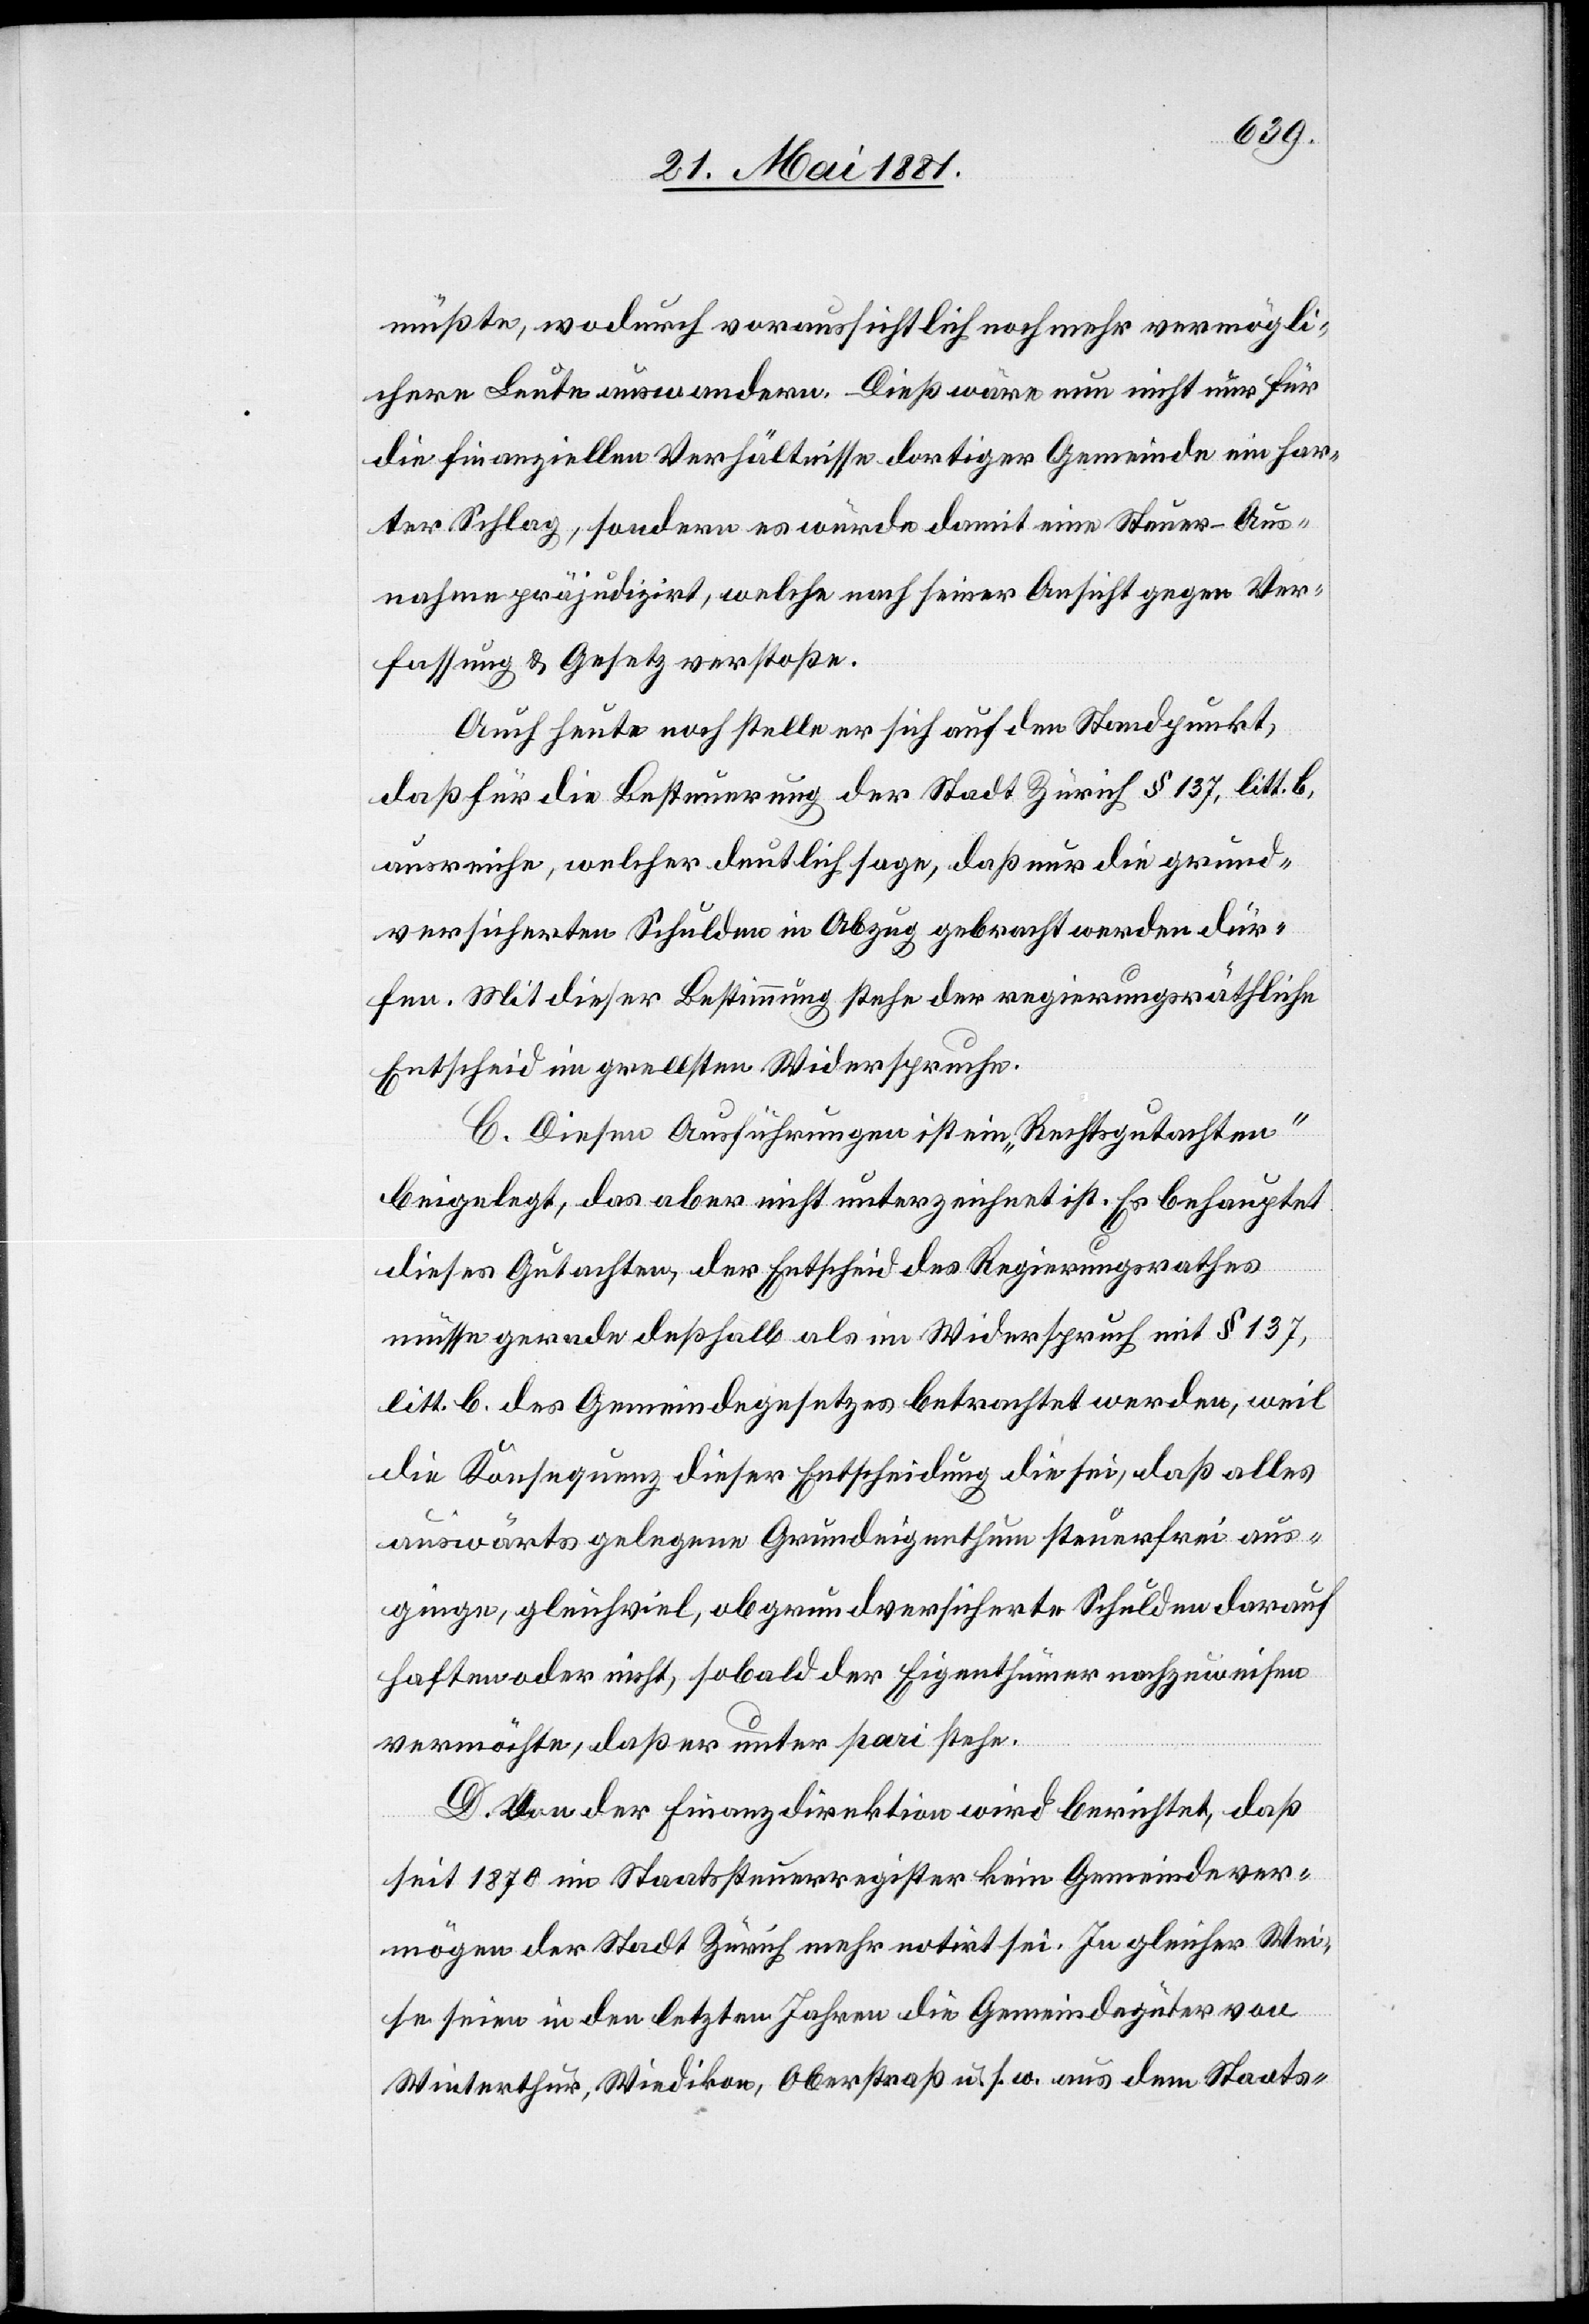
müßte, wodurch voraussichtlich noch mehr vermögli¬
chere Leute auswandern. Dieß wäre nun nicht nur für
die finanziellen Verhältnisse dortiger Gemeinde ein har¬
ter Schlag, sondern es würde damit eine Steuer-Aus¬
nahme präjudizirt, welche nach seiner Ansicht gegen Ver¬
fassung & Gesetz verstoße.
Auch heute noch stelle er sich auf den Standpunkt,
daß für die Besteuerung der Stadt Zürich § 137, litt. b,
ausreiche, welcher deutlich sage, daß nur die grund¬
versicherten Schulden in Abzug gebracht werden dür¬
fen. Mit dieser Bestimmung stehe der regierungsräthliche
Entscheid im grellsten Widerspruch.
C. Diesen Ausführungen ist ein „Rechtsgutachten“
beigelegt, das aber nicht unterzeichnet ist. Es behauptet
dieses Gutachten, der Entscheid des Regierungsrathes
müsse gerade deßhalb als im Widerspruch mit § 137,
litt. b. des Gemeindegesetzes betrachtet werden, weil
die Konsequenz dieser Entscheidung die sei, daß alles
auswärts gelegene Grundeigenthum steuerfrei aus¬
ginge, gleichviel, ob grundversicherte Schulden darauf
haften oder nicht, sobald der Eigenthümer nachzuweisen
vermöchte, daß er unter pari stehe.
D. Von der Finanzdirektion wird berichtet, daß
seit 1870 im Staatssteuerregister kein Gemeindever¬
mögen der Stadt Zürich mehr notirt sei. In gleicher Wei¬
se seien in den letzten Jahren die Gemeindegüter von
Winterthur, Wiedikon, Oberstraß u. s. w. aus dem Staats-